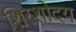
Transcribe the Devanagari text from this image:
शिरशोदय